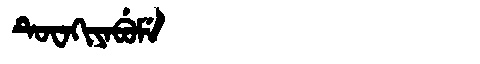
Manchu: ᡨᡠᠸᠠᡴᡳᠶᠠᠪᡠᠮᡝ
Romanization: TUWAKIYABUME